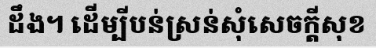
ដឹង។ ដើម្បីបន់ស្រន់សុំសេចក្តីសុខ